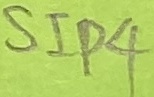
Text: SIP4